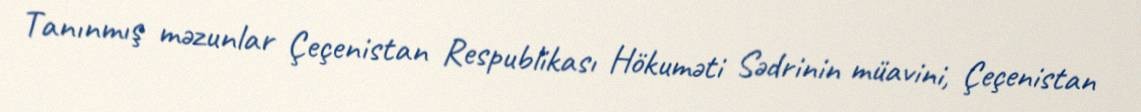
Tanınmış məzunlar Çeçenistan Respublikası Hökuməti Sədrinin müavini, Çeçenistan